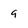
Character: 9